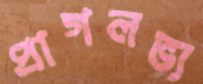
প্রাগলভ্য